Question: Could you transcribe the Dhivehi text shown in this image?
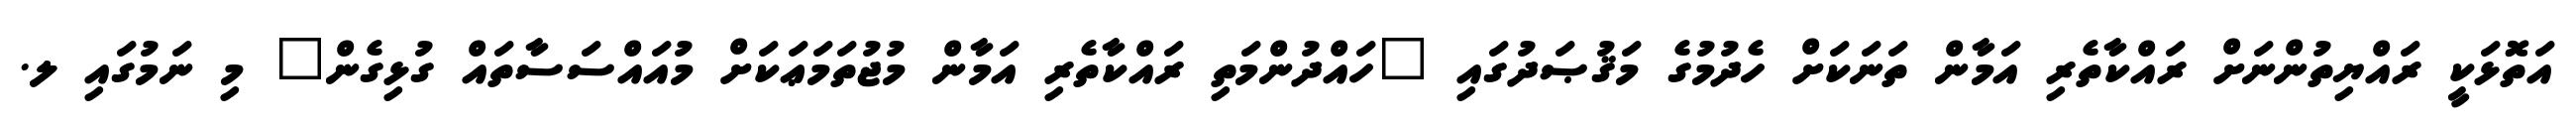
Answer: އަތޮޅަކީ ރައްޔިތުންނަށް ރައްކާތެރި އަމާން ތަނަކަށް ހެދުމުގެ މަޤުޞަދުގައި "ހައްދުންމަތި ރައްކާތެރި އަމާން މުޖުތަމަޢަކަށް މުއައްސަސާތައް ގުޅިގެން" މި ނަމުގައި ލ.